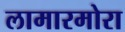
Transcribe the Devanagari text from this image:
लामारमोरा